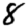
Digit: 8